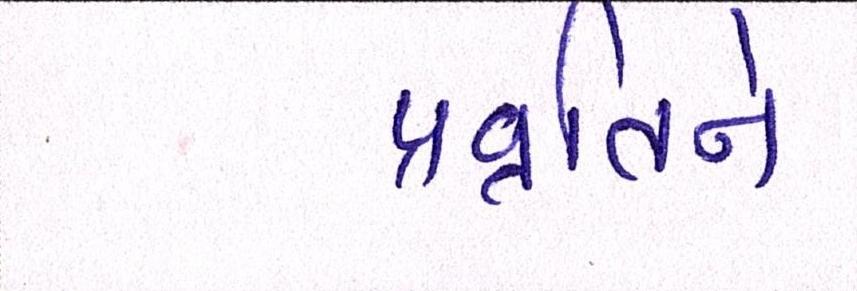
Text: પ્રવૃતિને